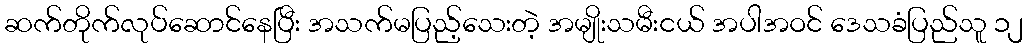
ဆက်တိုက်လုပ်ဆောင်နေပြီး အသက်မပြည့်သေးတဲ့ အမျိုးသမီးငယ် အပါအဝင် ဒေသခံပြည်သူ ၁၂